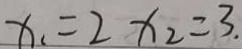
x _ { 1 } = 2 x _ { 2 } = 3 .